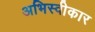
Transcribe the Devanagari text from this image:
अभिस्वीकार